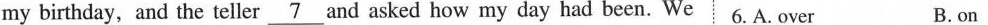
my birthday, and the teller \underline{7} and asked how my day had been. Wei 6. A. Over B.on